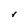
Character: r